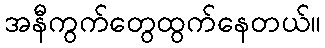
အနီကွက်တွေထွက်နေတယ်။